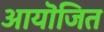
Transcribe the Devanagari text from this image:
आयॊजित